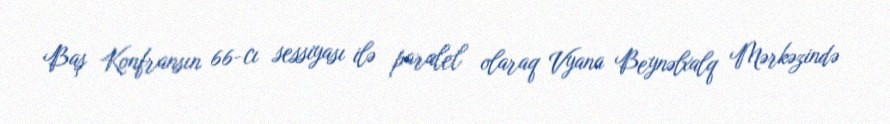
Baş Konfransın 66-cı sessiyası ilə paralel olaraq Vyana Beynəlxalq Mərkəzində